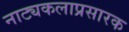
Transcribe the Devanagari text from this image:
नाट्यकलाप्रसारक